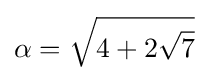
\alpha ={\sqrt {4+2{\sqrt {7}}}}